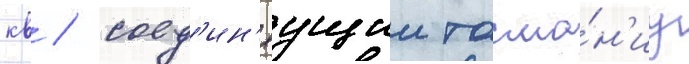
кв / соед'ин'яущии тасма́н'иу